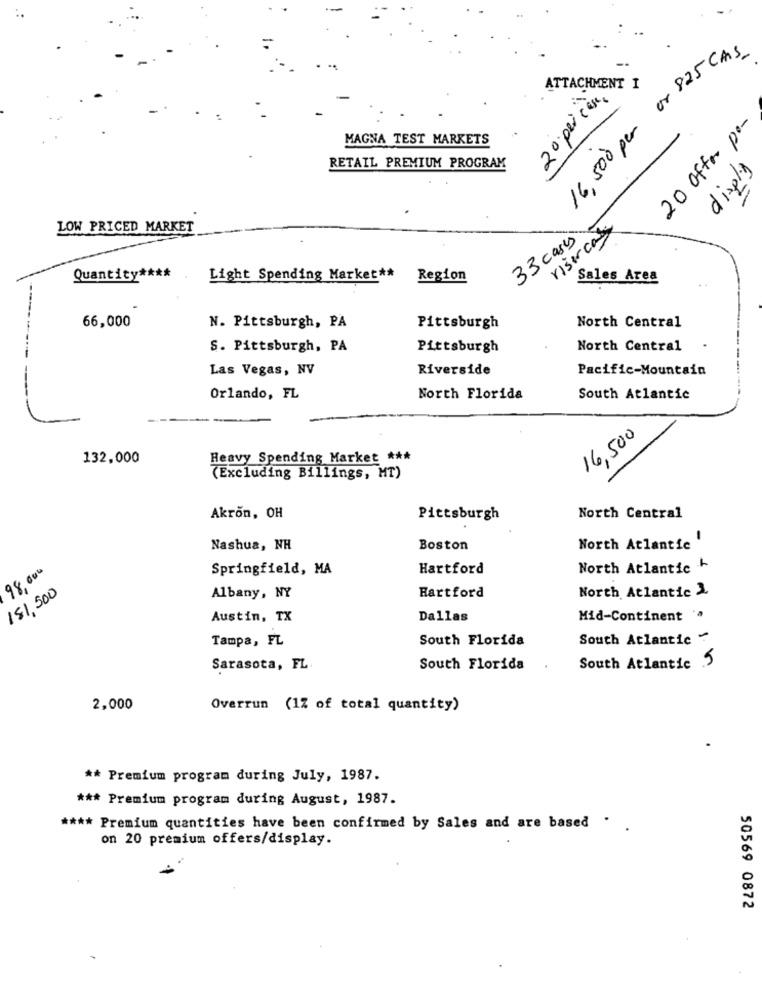
16,500 per or 825 Cms
20 per cent
ATTACHMENT I
20 offer po-
MAGNA TEST MARKETS
RETAIL PREMIUM PROGRAM
display
LOW PRICED MARKET
riser cas
33 cases
Quantity ****
Light Spending Market **
Region
Sales Area
66,000
N. Pittsburgh, PA
Pittsburgh
North Central
S. Pittsburgh, PA
Pittsburgh
North Central
Las Vegas, NV
Riverside
Pacific-Mountain
Orlando, FL
North Florida
South Atlantic
16,500
132,000
Heavy Spending Market ***
(Excluding Billings, MT)
North Central
Akron, OH
Pittsburgh
-
Nashua, NH
Boston
North Atlantic
98,000
Springfield, MA
Hartford
North Atlantic
181,500
North Atlantic 2
Albany, NY
Hartford
Austin, TX
Dallas
Mid-Continent '
Tampa, FL
South Florida
South Atlantic"
Sarasota, FL.
South Florida
South Atlantic 5
2,000
Overrun (1% of total quantity)
** Premium program during July, 1987.
*** Premium program during August, 1987.
**** Premium quantities have been confirmed by Sales and are based ..
on 20 premium offers/display.
50569 0872